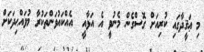
މި ޢަޤީދާގައި ކުރިއަށް ގޮސްގެން މެނުވިީ އެ އަޅާއީ  އެއްކައުވަންތަކުރާ މުވައްޙިދަކަށް